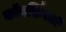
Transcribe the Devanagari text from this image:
कॉमर्शियलों